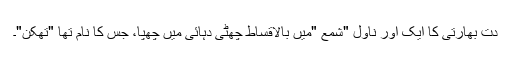
دت بھارتی کا ایک اور ناول "شمع "میں بالاقساط چھٹی دہائی میں چھپا، جس کا نام تھا "تھکن"۔